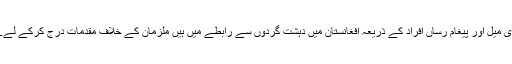
ملزما ای میل اور پیغام رساں افراد کے ذریعہ افغانستان میں دہشت گردوں سے رابطے میں ہیں ملزمان کے خلاف مقدمات درج کرکے لےے ہیں ۔